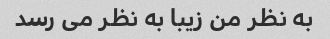
به نظر من زیبا به نظر می رسد